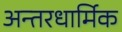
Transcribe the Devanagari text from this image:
अन्तरधार्मिक